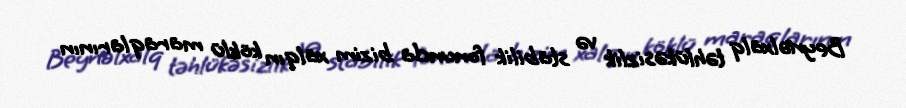
Beynəlxalq təhlükəsizlik və stabilik fonunda bizim xalqın köklü maraqlarının